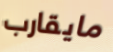
مايقارب